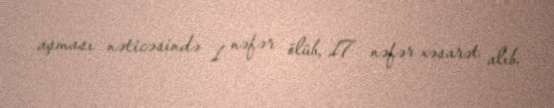
aşması nəticəsində 1 nəfər ölüb, 17 nəfər xəsarət alıb.